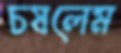
চষলেম